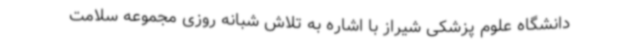
دانشگاه علوم پزشکی شیراز با اشاره به تلاش شبانه روزی مجموعه سلامت